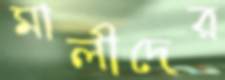
মালীদের